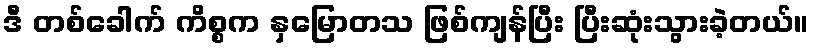
ဒီ တစ်ခေါက် ကိစ္စက နှမြောတသ ဖြစ်ကျန်ပြီး ပြီးဆုံးသွားခဲ့တယ်။